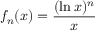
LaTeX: f _ { n } ( x ) = { \frac { ( \ln x ) ^ { n } } { x } }